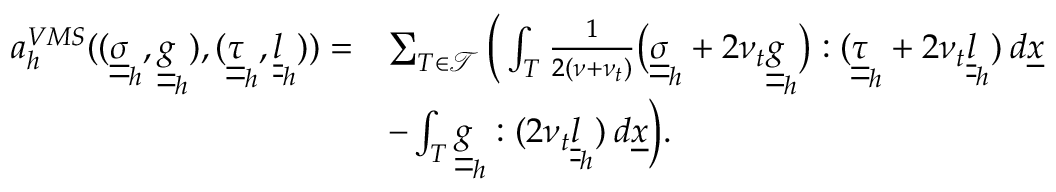
\begin{array} { r l } { a _ { h } ^ { V M S } ( ( \underline { { \underline { { \sigma } } } } _ { h } , \underline { { \underline { { g } } } } _ { h } ) , ( \underline { { \underline { { \tau } } } } _ { h } , \underline { { \underline { { l } } } } _ { h } ) ) = } & { \sum _ { T \in \mathcal { T } } \bigg ( \int _ { T } \frac { 1 } { 2 ( \nu + \nu _ { t } ) } \big ( \underline { { \underline { { \sigma } } } } _ { h } + 2 \nu _ { t } \underline { { \underline { { g } } } } _ { h } \big ) : ( \underline { { \underline { { \tau } } } } _ { h } + 2 \nu _ { t } \underline { { \underline { { l } } } } _ { h } ) \: d \underline { { x } } } \\ & { - \int _ { T } \underline { { \underline { { g } } } } _ { h } : ( 2 \nu _ { t } \underline { { \underline { { l } } } } _ { h } ) \: d \underline { { x } } \bigg ) . } \end{array}